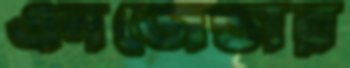
এনজেন্ডার